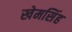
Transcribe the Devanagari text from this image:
खेमसिंह